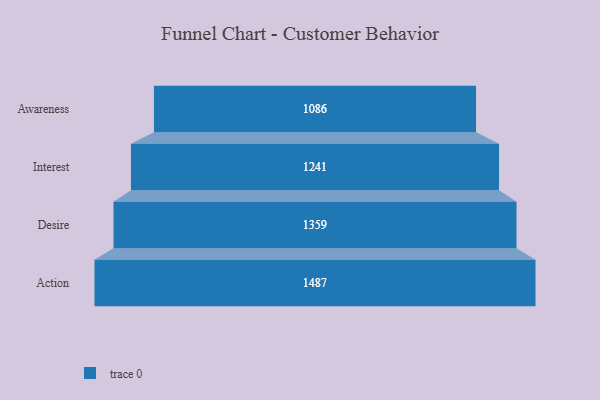
{"axis": {"x": "Stage", "y": "Value"}, "legend": [""], "data": [{"x": "Awareness", "y": 1086.0, "type": ""}, {"x": "Interest", "y": 1241.0, "type": ""}, {"x": "Desire", "y": 1359.0, "type": ""}, {"x": "Action", "y": 1487.0, "type": ""}]}